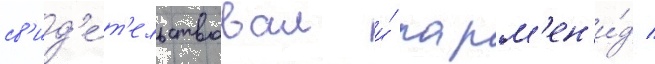
св'ид'е́т'ельствовал и́ парм'ен'и́д /